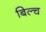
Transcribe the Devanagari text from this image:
बिल्च